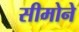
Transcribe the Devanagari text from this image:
सीमोने